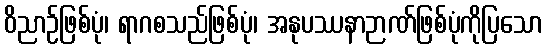
ဝိညာဉ်ဖြစ်ပုံ၊ ရာဂစသည်ဖြစ်ပုံ၊ အနုပဿနာဉာဏ်ဖြစ်ပုံကိုပြသော